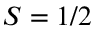
S = 1 / 2